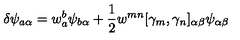
\delta \psi _ { a \alpha } = w _ { a } ^ { b } \psi _ { b \alpha } + \frac { 1 } { 2 } w ^ { m n } [ \gamma _ { m } , \gamma _ { n } ] _ { \alpha \beta } \psi _ { \alpha \beta }